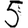
Digit: 5